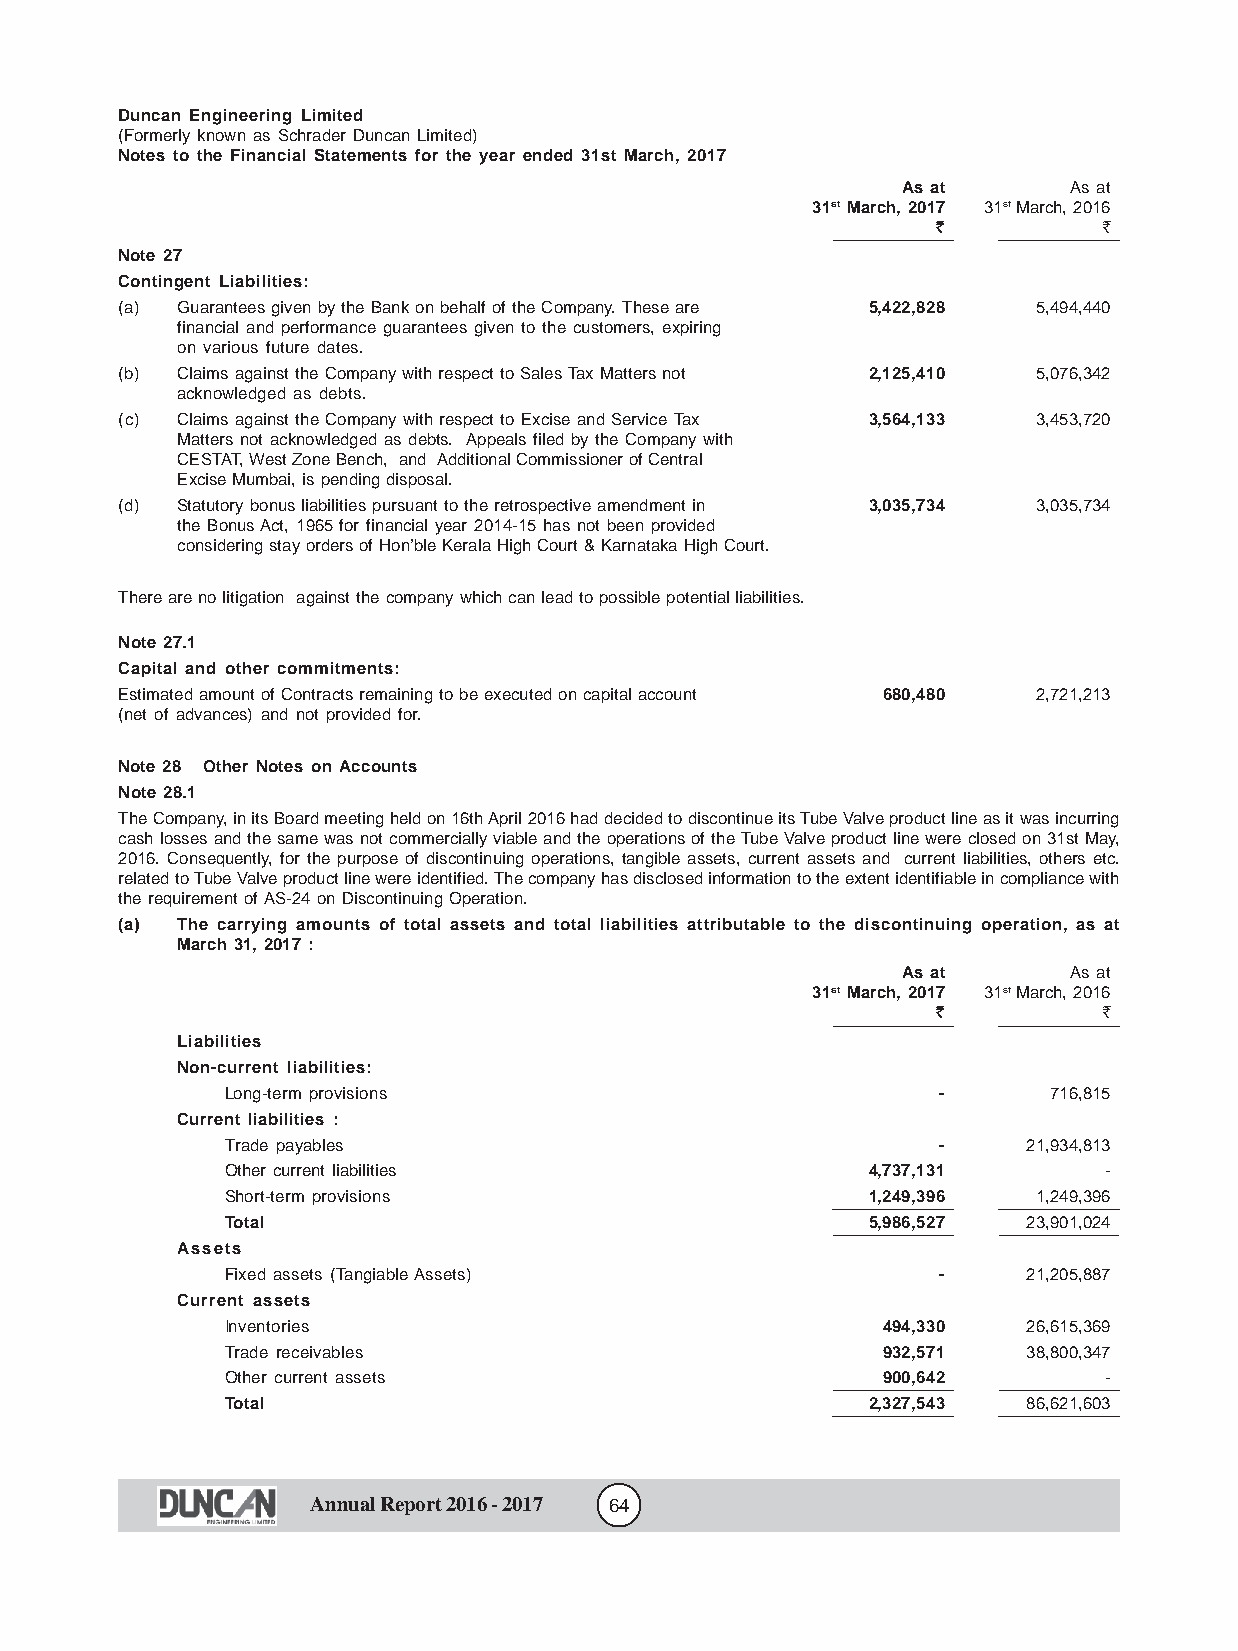
Duncan Engineering Limited
 (Formerly known as Schrader Duncan Limited)
 Notes to the Financial Statements for the year ended 31st March, 2017
 As at      As at
 31st March, 2017 31st March, 2016
 f          f
 Note 27
 Contingent Liabilities:
 (a) Guarantees given by the Bank on behalf of the Company. These are 5,422,828 5,494,440
 financial and performance guarantees given to the customers, expiring
 on various future dates.
 (b) Claims against the Company with respect to Sales Tax Matters not 2,125,410 5,076,342
 acknowledged as debts.
 (c) Claims against the Company with respect to Excise and Service Tax 3,564,133 3,453,720
 Matters not acknowledged as debts. Appeals filed by the Company with
 CESTAT, West Zone Bench, and Additional Commissioner of Central
 Excise Mumbai, is pending disposal.
 (d) Statutory bonus liabilities pursuant to the retrospective amendment in 3,035,734 3,035,734
 the Bonus Act, 1965 for financial year 2014-15 has not been provided
 considering stay orders of Hon’ble Kerala High Court & Karnataka High Court.
 There are no litigation against the company which can lead to possible potential liabilities.
 Note 27.1
 Capital and other commitments:
 Estimated amount of Contracts remaining to be executed on capital account 680,480 2,721,213
 (net of advances) and not provided for.
 Note 28 Other Notes on Accounts
 Note 28.1
 The Company, in its Board meeting held on 16th April 2016 had decided to discontinue its Tube Valve product line as it was incurring
 cash losses and the same was not commercially viable and the operations of the Tube Valve product line were closed on 31st May,
 2016. Consequently, for the purpose of discontinuing operations, tangible assets, current assets and current liabilities, others etc.
 related to Tube Valve product line were identified. The company has disclosed information to the extent identifiable in compliance with
 the requirement of AS-24 on Discontinuing Operation.
 (a) The carrying amounts of total assets and total liabilities attributable to the discontinuing operation, as at
 March 31, 2017 :
 As at      As at
 31st March, 2017 31st March, 2016
 f          f
 Liabilities
 Non-current liabilities:
 Long-term provisions                           -      716,815
 Current liabilities :
 Trade payables                                 -     21,934,813
 Other current liabilities                 4,737,131       -
 Short-term provisions                     1,249,396   1,249,396
 Total                                     5,986,527  23,901,024
 Assets
 Fixed assets (Tangiable Assets)                -     21,205,887
 Current assets
 Inventories                                494,330   26,615,369
 Trade receivables                          932,571   38,800,347
 Other current assets                       900,642        -
 Total                                     2,327,543  86,621,603
 Annual Report 2016 - 2017 64